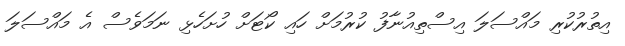
އިތުުރުކުރި މައްސަލަ އިސްތިއުނާފު ކުރުމަށް ހައި ކޯޓަށް ހުށަހެޅި ނަމަވެސް އެ މައްސަލަ